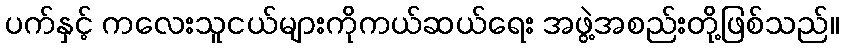
ပက်နှင့် ကလေးသူငယ်များကိုကယ်ဆယ်ရေး အဖွဲ့အစည်းတို့ဖြစ်သည်။